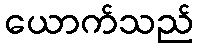
ယောက်သည်